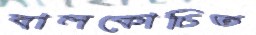
বালকোচিত